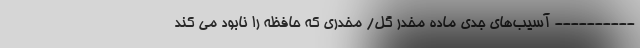
---------- آسیب‌های جدی ماده مخدر گل/ مخدری که حافظه را نابود می کند